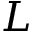
L